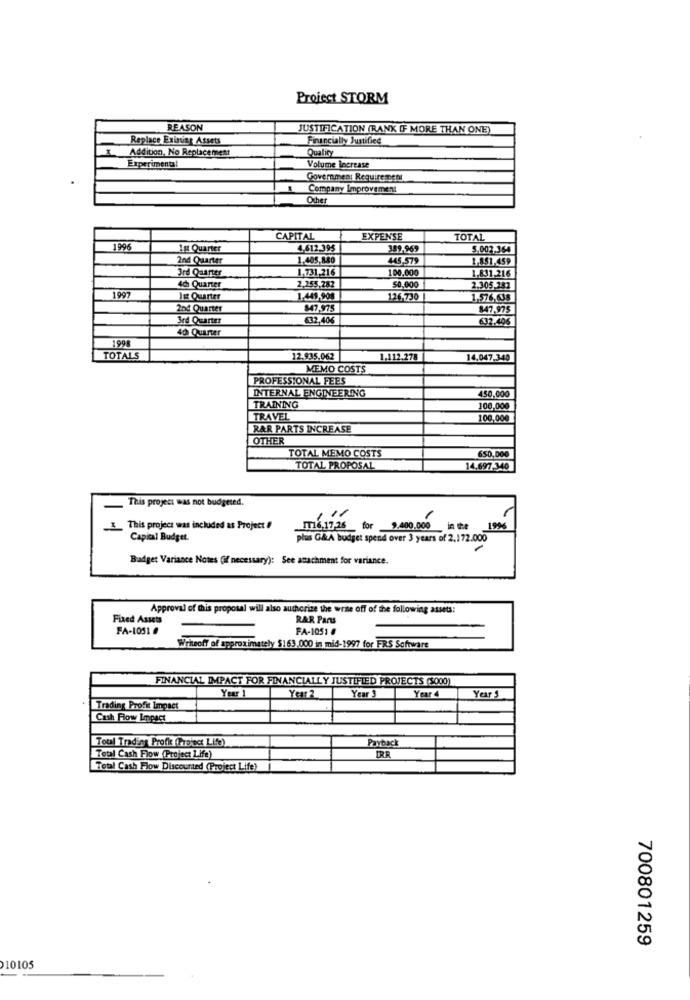
Project STORM
REASON
JUSTIFICATION (RANK IF MORE THAN ONE)
Replace Existing Assets
Financially Justified
Addition, No Replacement
Quality
Experimenta!
Volume Increase
Government Requirement
Company Improvement
Other
CAPITAL
EXPENSE
TOTAL
1996
1st Quarter
4,612.39$
389,969
5.002.364
2nd Quarter
1,405,880
445,579
1,851,459
3rd Quarter
1.731,216
100.000
1.831,216
4ch Quarter
2.255,282
50,000
2.305.282
1997
11 Quarter
1.449,908
126.730
1.576,633
2nd Quarter
$47,975
847.975
3rd Quarter
32,40€
632,406
40 Quarter
1998
TOTALS
12.935.062
1.112.278
14.047,340
MEMO COSTS
PROFESSIONAL FEES
INTERNAL ENGINEERING
450,000
TRAINING
100,000
TRAVEL
100,000
RAR PARTS INCREASE
OTHER
TOTAL MEMO COSTS
650,000
TOTAL PROPOSAL
14,697.340
This project was not budgeted.
3_This project was included as Project #
IT16,17.26 for 9.400.000 in the
1996
Capital Budget.
plus G&A budget spend over 3 years of 2.172.000
Budget Variance Notes (if necessary): See asachment for variance.
Approval of this proposal will also authorize the write off of the following assets:
Fixed Assets
RAR Parus
FA-1051
FA-1051 6
Writeoff of approximately $163,000 in mid-1997 for FRS Software
FINANCIAL IMPACT FOR FINANCIALLY JUSTIFIED PROJECTS (5000)
Year 1
Year2
Year !
Year 4
Year S
Trading Profit Impact
Cash Flow Impact
Payback
Total Trading Profx (Troisct Life)
IRR
Total Cash Flow (Project Life)
Total Cash Flow Discounted (Project Life)
700801259
10105